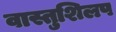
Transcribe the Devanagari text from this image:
वास्तुशिलप